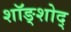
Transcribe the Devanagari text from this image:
शॉङ्शोद्